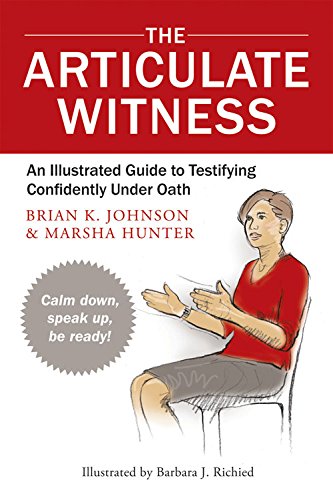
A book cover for The Articulate Witness: An Illustrated Guide to Testifying Confidently Under Oath; Marsha Hunter; Law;